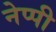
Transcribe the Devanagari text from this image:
नेप्पी